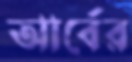
আর্বের